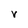
Character: V